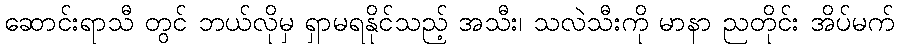
ဆောင်းရာသီ တွင် ဘယ်လိုမှ ရှာမရနိုင်သည့် အသီး၊ သလဲသီးကို မာနာ ညတိုင်း အိပ်မက်